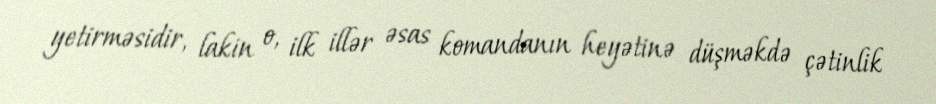
yetirməsidir, lakin o, ilk illər əsas komandanın heyətinə düşməkdə çətinlik